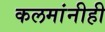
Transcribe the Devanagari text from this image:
कलमांनीही